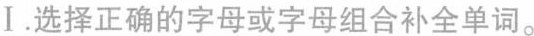
Ⅰ.选择正确的字母或字母组合补全单词。